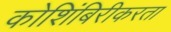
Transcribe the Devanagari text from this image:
कोशिंबिरीकरता